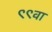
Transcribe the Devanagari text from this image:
९९वा